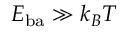
E _ { \mathrm { b a } } \gg k _ { B } T